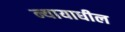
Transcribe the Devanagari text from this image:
न्यायाधील